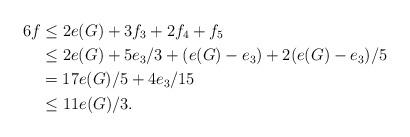
LaTeX: \begin{align*}6f&\leq 2e(G)+3f_3+2f_4+f_5\\&\le 2e(G)+5e_3/3+(e(G)-e_3)+2(e(G)-e_3)/5\\&=17e(G)/5+4e_3/15\\& \le 11e(G)/3.\end{align*}